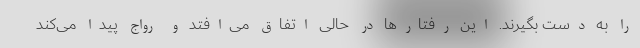
را به دست بگیرند. این رفتارها در حالی اتفاق می‌افتد و رواج پیدا می‌کند